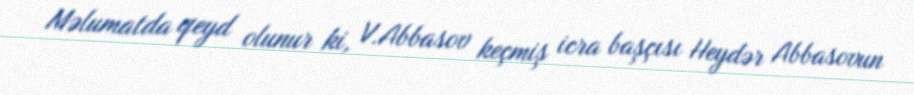
Məlumatda qeyd olunur ki, V.Abbasov keçmiş icra başçısı Heydər Abbasovun